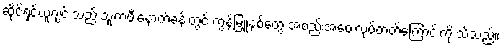
ဆိုင်ရှင်ယူဂျင်းသည် သူ့ကဖီးနောက်ခန်းတွင် ကွန်မြူနစ်တွေ အစည်းအဝေးလုပ်တတ်ကြောင်းကို သိသည်။